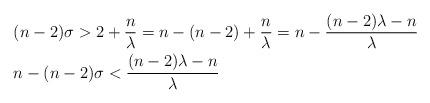
LaTeX: \begin{align*} & (n-2)\sigma>2+\frac{n}{\lambda}=n-(n-2)+\frac{n}{\lambda}=n-\frac{(n-2)\lambda-n}{\lambda}\\ & n-(n-2)\sigma<\frac{(n-2)\lambda-n}{\lambda} \end{align*}